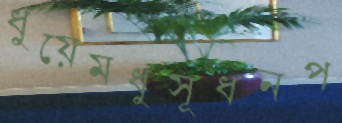
ধুয়েমধুসূধনপ